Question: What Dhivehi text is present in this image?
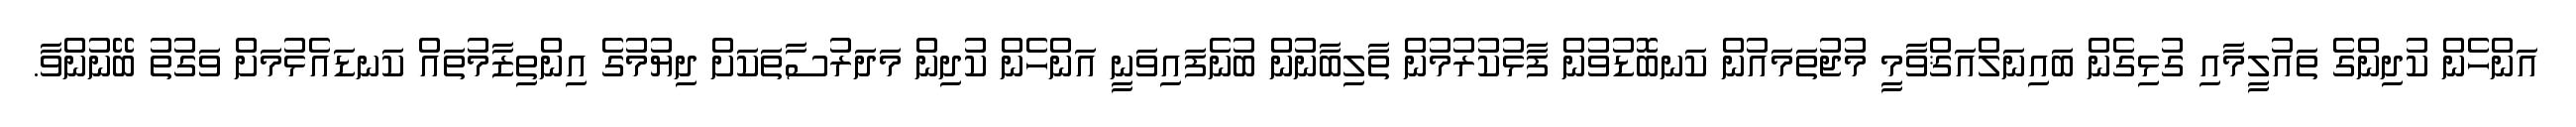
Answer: އަންހެން ކުދިންގެ ތައުލީމާއި ގުޅިގެން ބައިނަލްއަޤްވާމީ މުޖުތަމައުން ކަނބޮޑުވުން ފާޅުކުރުމުން ތާލިބާނުން ބުނެފައިވަނީ އަންހެން ކުދިން މަދަރުސާތަކަށް ދިޔުމުގެ އިންތިޒާމުތައް ކަނޑައެޅުމަށް ވަގުތު ބޭނުންވާ.